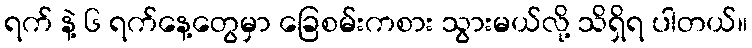
ရက် နဲ့ ၆ ရက်နေ့တွေမှာ ခြေစမ်းကစား သွားမယ်လို့ သိရှိရ ပါတယ်။